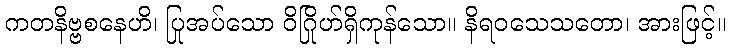
ကတနိဗ္ဗစနေဟိ၊ ပြုအပ်သော ဝိဂြိုဟ်ရှိကုန်သော။ နိရဝသေသတော၊ အားဖြင့်။